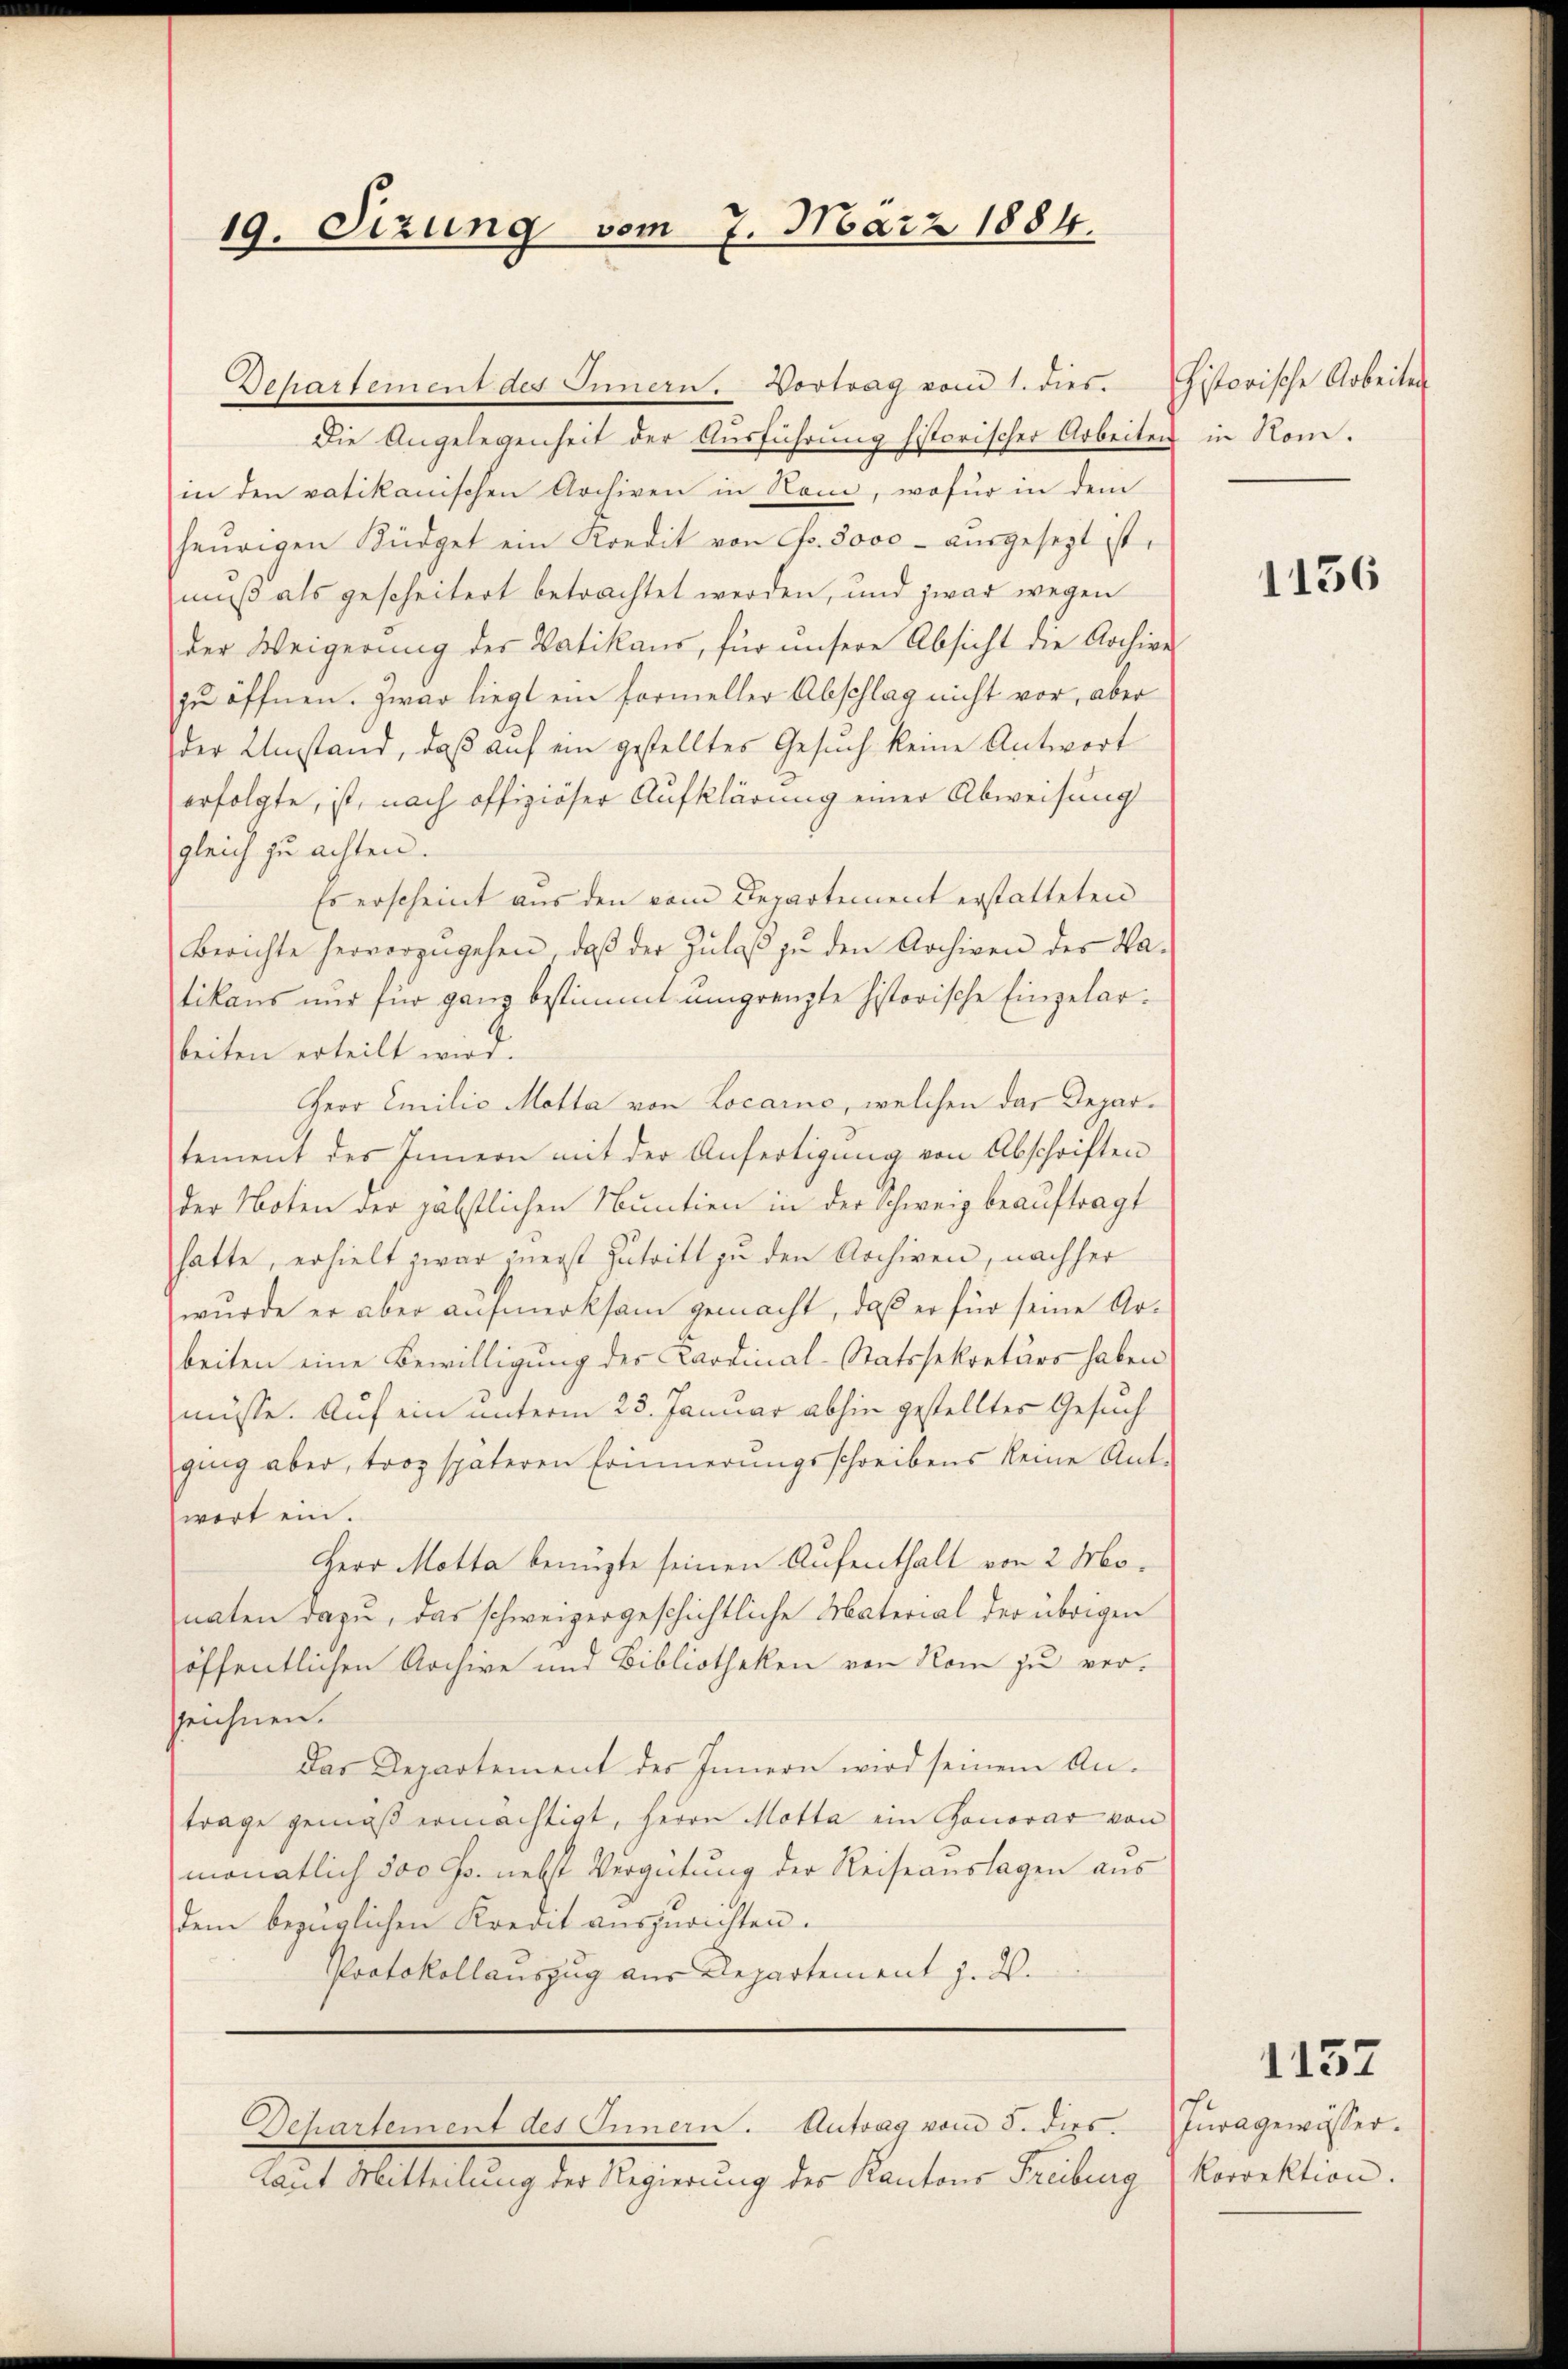
19. Sizung vom 7. März 1884.

Departement des Innern. Vortrag vom 1. dies istorische Arbeiten
Die Angelegenheit der Ausführung historischer Arbeiten in Rom.
in den votikanischen Archiven in Rom, wofür in dem
heŭrigen Küdget ein Kredit von Fr. 3000 aŭsgesezt ist.
muß als gescheitert betrachtet werden, und zwar wegen
der Weigerung der Vatikaus, für unsere Absicht die Archive
zu öffnen. Zwar liegt ein Formeller Abschlag nicht vor, aber
der Umstand, daß auf ein gestelltes Gesuch keine Antwort
erfolgte, ist, nach offiziöser Aufklärung einer Abweisung
gleich zu achten.
Es erscheint aus den vom Departement erstatteten
Berichte hervorzugehen, daβ der Zŭlaβ zŭ den Archiven der Va-
tikans nur für ganz bestimmt umgrenzte historische Einzelarbeiten erteilt wird.
HHerr Emilio Motta von Locarno, welchen das Departement des Innern mit der Anfertigung von Abschriften
der Noten der gäbstlichen Nuntien in der Schweiz beauftragt
hatte, erhielt zwar inerst Zutritt zu den Archiven, nachher
wurde er aber aufmerksam gemacht, daß er für seine Arbeiten eine Bewilligung des Kardinal-Statssekretärs haben
müsse. Auf ein unterm 23. Januar abhin gestelltes Gesuch
ging aber, trop späteren Erinnerungsschreibens keine Ant-
wort ein.
Herr Motta benuzte seinen Aufenthalt von 2 Monaten dazu, das schweizergeschichtliche Material der übrigen
öffentlichen Archive und Bibliotheken von Rom zu verzeichnen.
Das Departement des Innern wird seinem Antrage gemäß ermächtigt, herrn Motta ein Honorar von
monatlich 300 Cts. nebst Vergütung der Reiseauslagen aus
dem bezüglichen Kredit auszurichten.
Protokollauszug aus Departement z. B.

Laut Mitteilung der Regierung des Kantons Freibung (Korrektion.

Departement des Innern. Antrag vom 5. dies. Zŭragewusser.

1156

1137